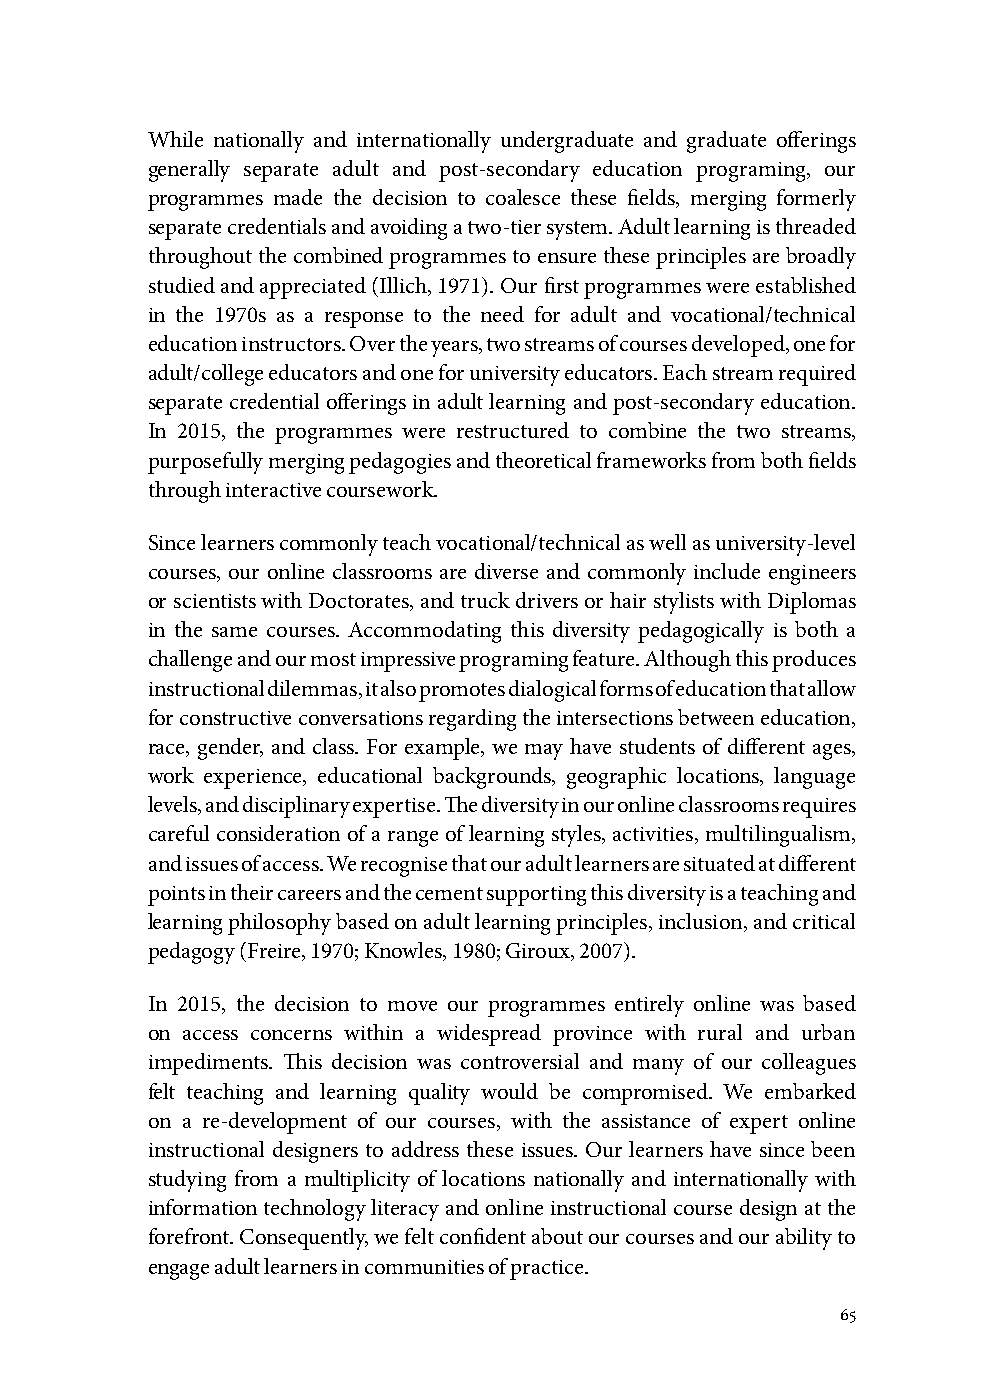
While nationally and internationally undergraduate and graduate offerings
 generally separate adult and post-secondary education programing, our
 programmes made the decision to coalesce these fields, merging formerly
 separate credentials and avoiding a two-tier system. Adult learning is threaded
 throughout the combined programmes to ensure these principles are broadly
 studied and appreciated (Illich, 1971). Our first programmes were established
 in the 1970s as a response to the need for adult and vocational/technical
 education instructors. Over the years, two streams of courses developed, one for
 adult/college educators and one for university educators. Each stream required
 separate credential offerings in adult learning and post-secondary education.
 In 2015, the programmes were restructured to combine the two streams,
 purposefully merging pedagogies and theoretical frameworks from both fields
 through interactive coursework.
 Since learners commonly teach vocational/technical as well as university-level
 courses, our online classrooms are diverse and commonly include engineers
 or scientists with Doctorates, and truck drivers or hair stylists with Diplomas
 in the same courses. Accommodating this diversity pedagogically is both a
 challenge and our most impressive programing feature. Although this produces
 instructional dilemmas, it also promotes dialogical forms of education that allow
 for constructive conversations regarding the intersections between education,
 race, gender, and class. For example, we may have students of different ages,
 work experience, educational backgrounds, geographic locations, language
 levels, and disciplinary expertise. The diversity in our online classrooms requires
 careful consideration of a range of learning styles, activities, multilingualism,
 and issues of access. We recognise that our adult learners are situated at different
 points in their careers and the cement supporting this diversity is a teaching and
 learning philosophy based on adult learning principles, inclusion, and critical
 pedagogy (Freire, 1970; Knowles, 1980; Giroux, 2007).
 In 2015, the decision to move our programmes entirely online was based
 on access concerns within a widespread province with rural and urban
 impediments. This decision was controversial and many of our colleagues
 felt teaching and learning quality would be compromised. We embarked
 on a re-development of our courses, with the assistance of expert online
 instructional designers to address these issues. Our learners have since been
 studying from a multiplicity of locations nationally and internationally with
 information technology literacy and online instructional course design at the
 forefront. Consequently, we felt confident about our courses and our ability to
 engage adult learners in communities of practice.
 65